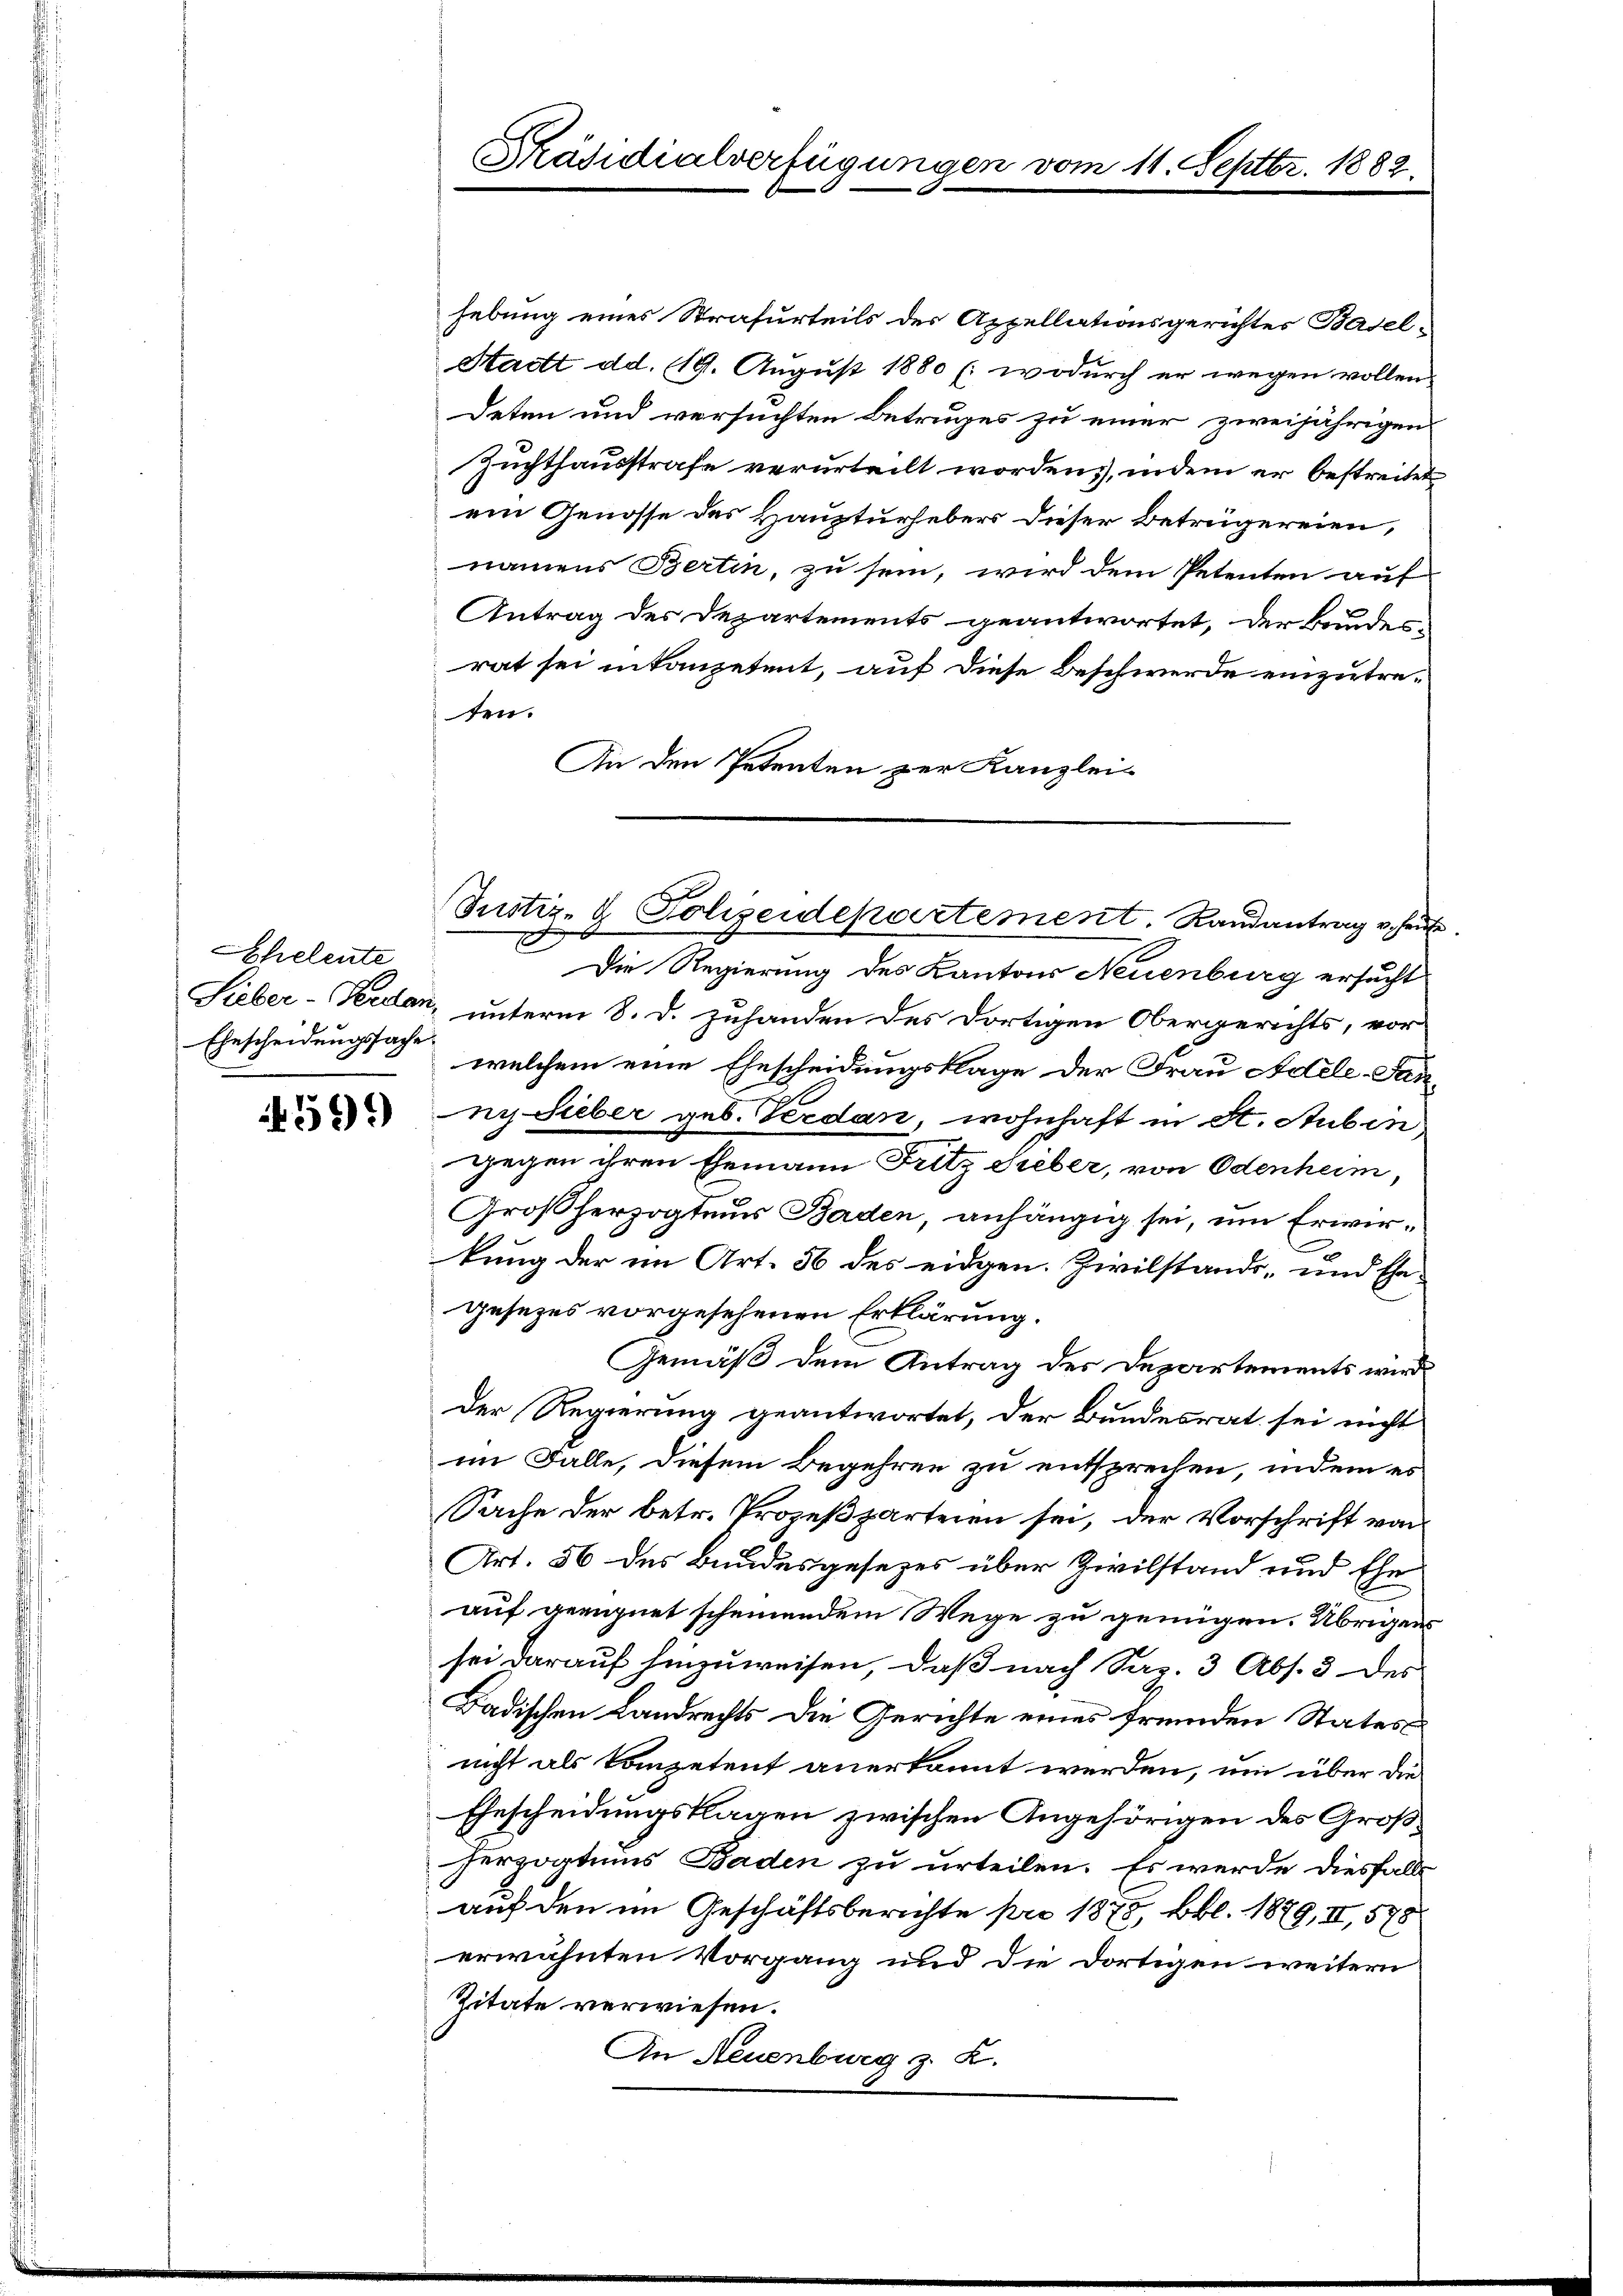
Ehelente
Ehescheidungssache.

59)

Präsidialverfügungen vom 11. Septbr. 1882.

hebung eines Strafurteils der Appellationsgerichtes Basel¬
Stadtt dd. 119. August 1880 (: wodurch er wegen vollen
deten und versuchten Betruges zu einer zweijährigen
Zuchthausstrafe verurteilt worden, indem er bestreitet
ein Genosse des Haupturhebers dieser Betrügereien,
namens Bertin, zu sein, wird dem Petenten auf
Antrag des Departements geantwortet, der Bundes-
rat sei intanzetent, auf diese Beschwerde einzutreten.
An den Petenten zur Kanzlei-
d
Die Regierung des Kantons Neuenburg ersucht
Sieber-Verdan, unterm 8. d. zuhanden des dortigen Obergerichts, vor
welchem eine Ehescheidungsklage der Frau Adele-Fanni. Sieber geb. Verdan, wohnhaft in St. Stubin,
gegen ihren Ehemann Fitz Sieber, von Odenheim,
Großherzogteus Baden, anhängig sei, um Erwirkung der im Art. 56 des eidgen. Zivilstands- und Ehegesezes vorgesehenen Erklärung.
Gemäß dem Antrag des Departements wird
Der Regierung geantwortet, der Bundesrat sei nicht
im Falle, diesem Begehren zu entsprechen, indem es
Sache der betr. Prozeßzarteien sei, der Vorschrift von
Art. 56 des Bundesgesetzes über Zivilstand und Ehe
auf geeignet scheinendem Wege zu genügen. Übrigens
sei darauf hinzuweisen, daß nach Sap. 3 Abs. 3 des
Badischen Landrechts die Gerichte eines fremden States
nicht als kompetent anerkannt werden, um über die
Ehescheidungsklagen zwischen Angehörigen des Großherzogtums Baden zu urteilen. Es werde diesfalls
auf den im Geschäftsberichte pro 1878, Bbl. 1879, II, 578
erwähnten Vorgang und die dortigen weitern
Zitate verwiesen.
An Neuenburg z. Z.

Justiz- & Polizeidepartement. Randantrag v. heut